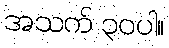
အသက် ၃၀ပါ။